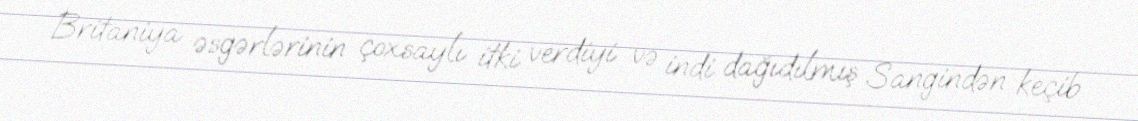
Britaniya əsgərlərinin çoxsaylı itki verdiyi və indi dağıdılmış Sangindən keçib